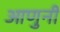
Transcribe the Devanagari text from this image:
आणुनी